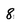
Character: 8